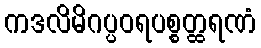
ကဒလိမိဂပ္ပဝရပစ္စတ္ထရဏံ